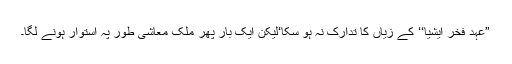
”عہدِ فخرِ ایشیا‘‘ کے زیاں کا تدارک نہ ہو سکا‘لیکن ایک بار پھر ملک معاشی طور پہ استوار ہونے لگا۔